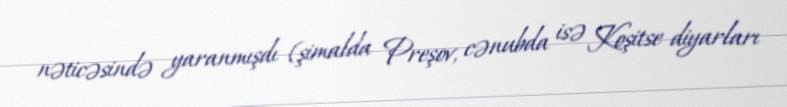
nəticəsində yaranmışdı (şimalda Preşov, cənubda isə Koşitse diyarları